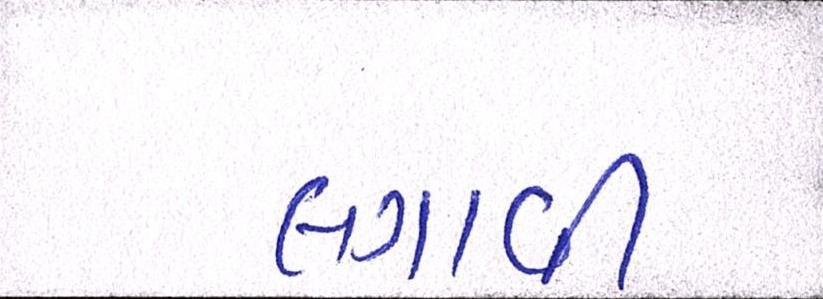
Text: લગાવી